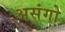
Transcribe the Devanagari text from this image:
असंगो